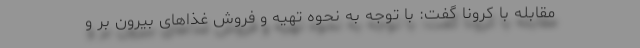
مقابله با کرونا گفت: با توجه به نحوه تهیه و فروش غذاهای بیرون بر و